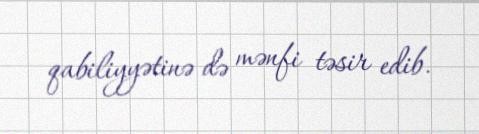
qabiliyyətinə də mənfi təsir edib.